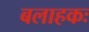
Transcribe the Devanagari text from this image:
बलाहकः